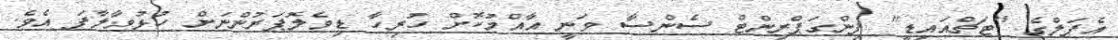
އެޕަލްގެ "ޓަޗްއައިޑީ" ފިންގަޕްރިންޓް ސެންސާ ވަނީ އާއްމުކޮށް ހުރިހާ ޑިވެލޮޕަރުންނަށް ހުޅުވާލާފަ އެވެ.